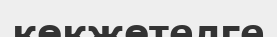
көкжөтелге